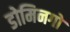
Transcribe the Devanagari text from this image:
डोमिनगों